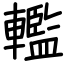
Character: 轞